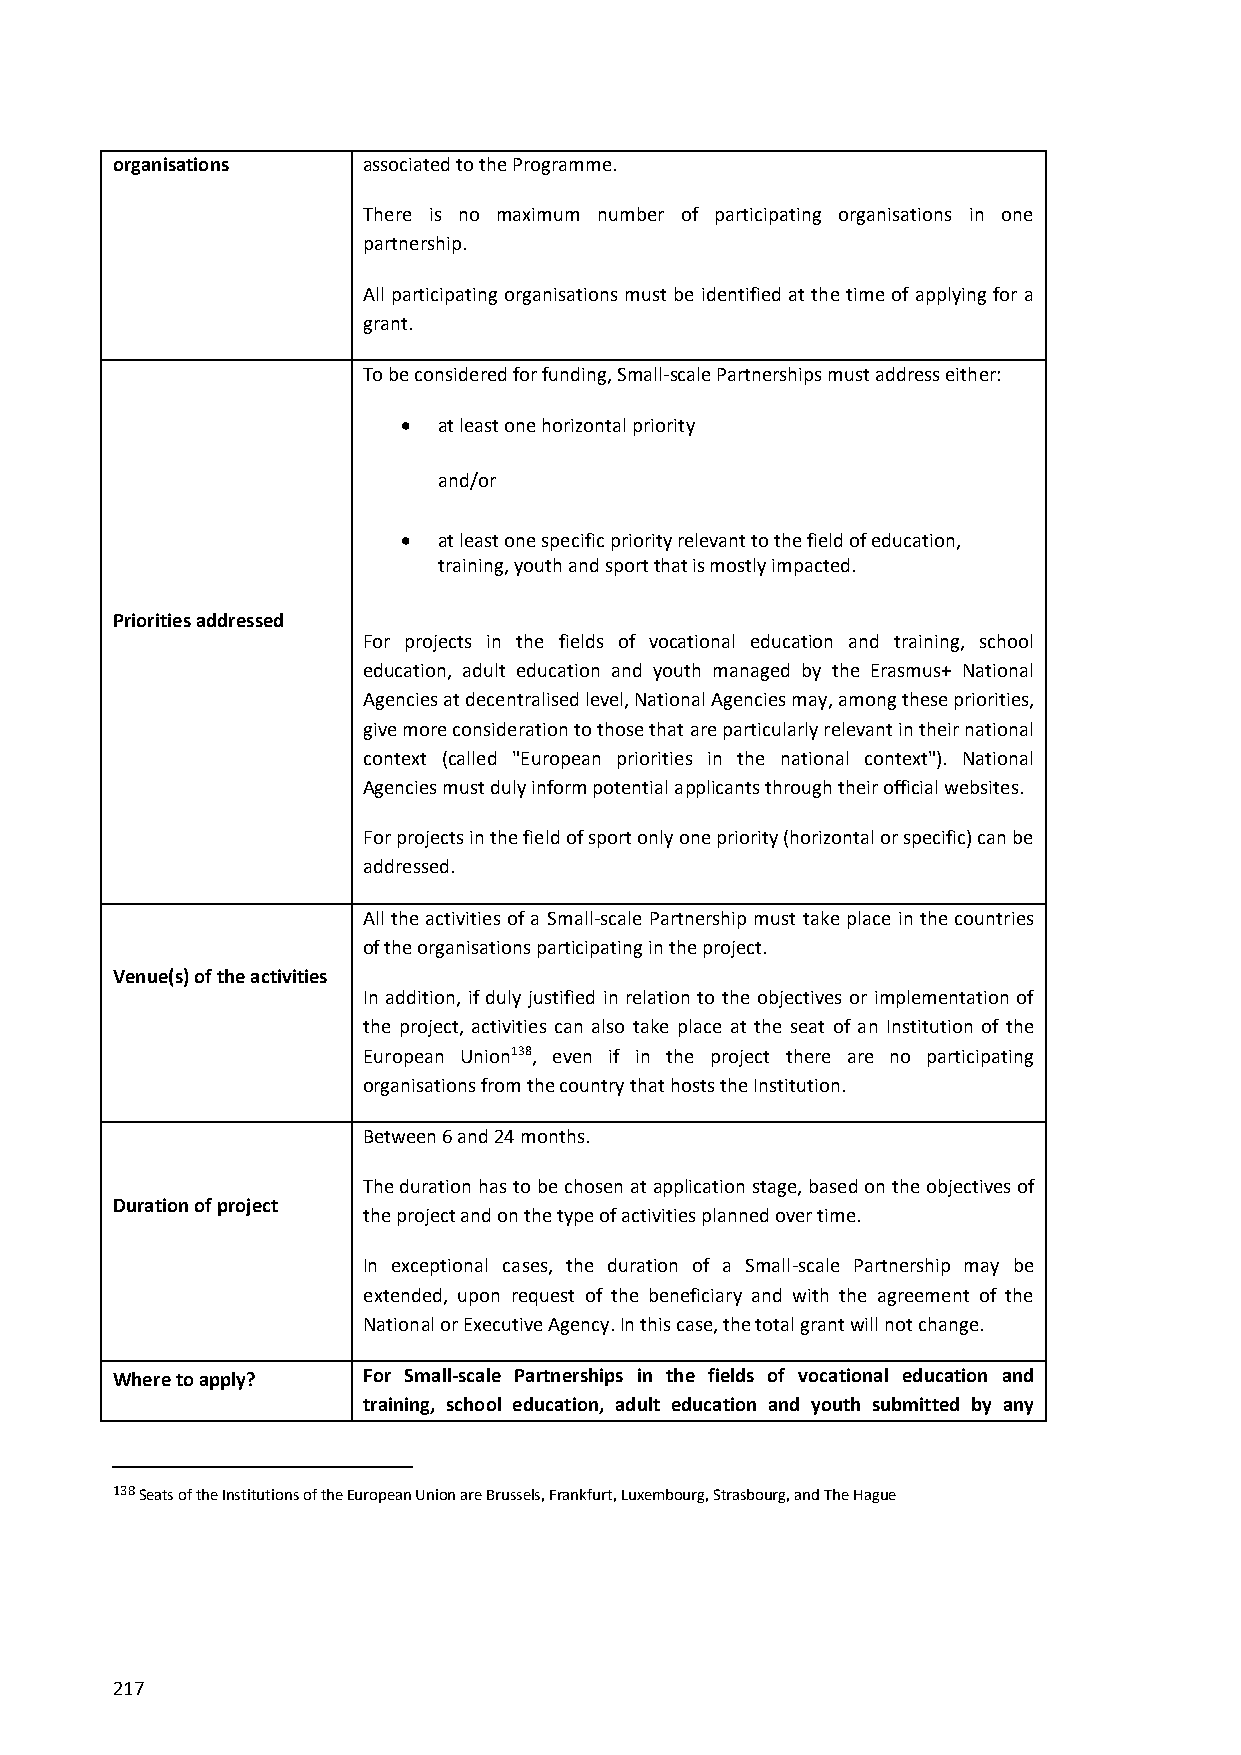
organisations    associated to the Programme.
 There is no maximum number of participating organisations in one
 partnership.
 All participating organisations must be identified at the time of applying for a
 grant.
 To be considered for funding, Small-scale Partnerships must address either:
  at least one horizontal priority
 and/or
  at least one specific priority relevant to the field of education,
 training, youth and sport that is mostly impacted.
 Priorities addressed
 For projects in the fields of vocational education and training, school
 education, adult education and youth managed by the Erasmus+ National
 Agencies at decentralised level, National Agencies may, among these priorities,
 give more consideration to those that are particularly relevant in their national
 context (called "European priorities in the national context"). National
 Agencies must duly inform potential applicants through their official websites.
 For projects in the field of sport only one priority (horizontal or specific) can be
 addressed.
 All the activities of a Small-scale Partnership must take place in the countries
 of the organisations participating in the project.
 Venue(s) of the activities
 In addition, if duly justified in relation to the objectives or implementation of
 the project, activities can also take place at the seat of an Institution of the
 European Union138, even if in the project there are no participating
 organisations from the country that hosts the Institution.
 Between 6 and 24 months.
 The duration has to be chosen at application stage, based on the objectives of
 Duration of project
 the project and on the type of activities planned over time.
 In exceptional cases, the duration of a Small-scale Partnership may be
 extended, upon request of the beneficiary and with the agreement of the
 National or Executive Agency. In this case, the total grant will not change.
 Where to apply?  For Small-scale Partnerships in the fields of vocational education and
 training, school education, adult education and youth submitted by any
 138 Seats of the Institutions of the European Union are Brussels, Frankfurt, Luxembourg, Strasbourg, and The Hague
 217